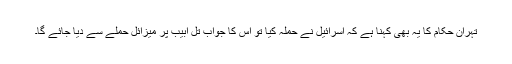
تہران حکام کا یہ بھی کہنا ہے کہ اسرائیل نے حملہ کیا تو اس کا جواب تل ابیب پر میزائل حملے سے دیا جائے گا۔